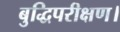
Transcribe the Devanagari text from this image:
बुद्धिपरीक्षण।